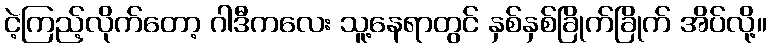
ငဲ့ကြည့်လိုက်တော့ ဂါဒီကလေး သူ့နေရာတွင် နှစ်နှစ်ခြိုက်ခြိုက် အိပ်လို့။